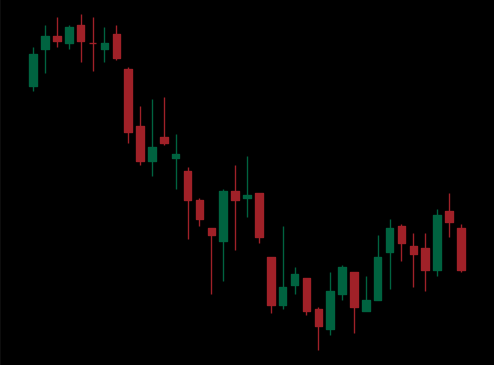
Pattern: bull_flag